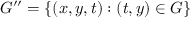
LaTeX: \, G ^ { \prime \prime } = \{ ( x , y , t ) : ( t , y ) \in G \}